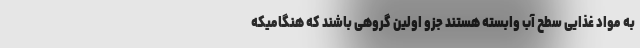
به مواد غذایی سطح آب وابسته هستند جزو اولین گروهی باشند که هنگامیکه